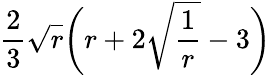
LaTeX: \frac{2}{3}\sqrt{r}\bigg(r+2\sqrt{\frac{1}{r}}-3\bigg)